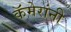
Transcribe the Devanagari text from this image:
कॅमेरांनी